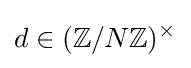
d\in (\mathbb {Z} /N\mathbb {Z} )^{\times }